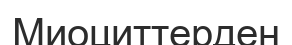
Миоциттерден